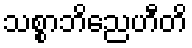
သစ္စာဘိညေဟီတိ